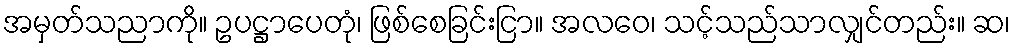
အမှတ်သညာကို။ ဥပဋ္ဌာပေတုံ၊ ဖြစ်စေခြင်းငြာ။ အလဝေ၊ သင့်သည်သာလျှင်တည်း။ ဆ၊